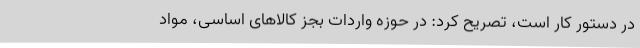
در دستور کار است، تصریح کرد: در حوزه واردات بجز کالاهای اساسی، مواد